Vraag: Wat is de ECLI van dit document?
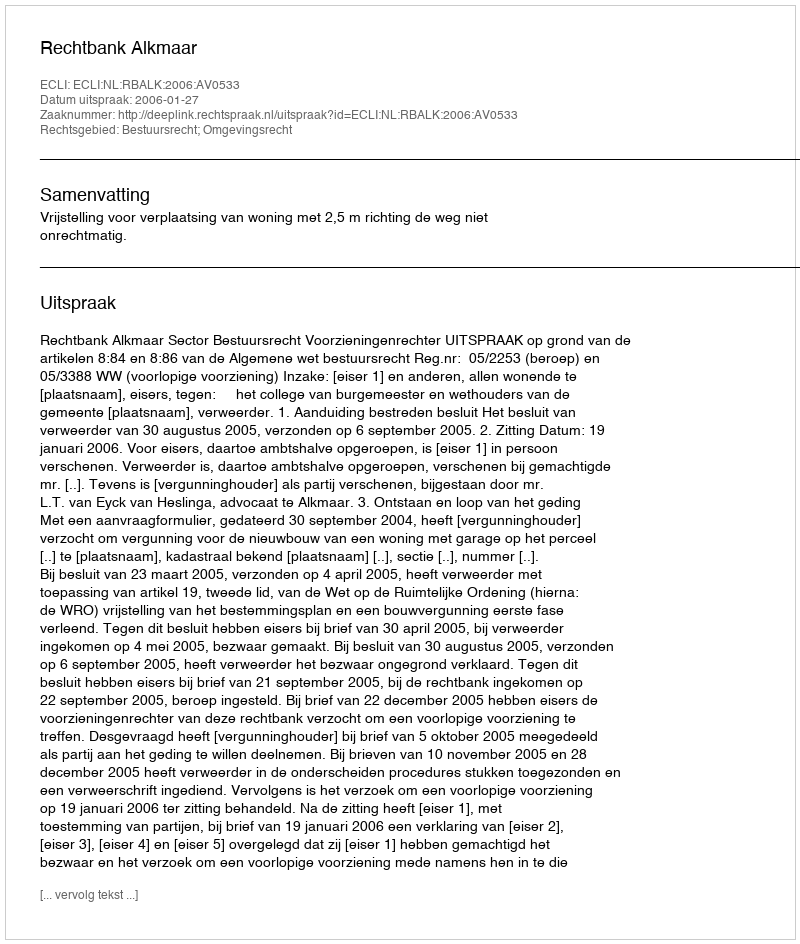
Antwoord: ECLI:NL:RBALK:2006:AV0533